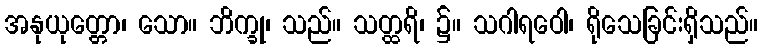
အနုယုတ္တော၊ သော။ ဘိက္ခု၊ သည်။ သတ္ထရိ၊ ၌။ သဂါရဝေါ၊ ရိုသေခြင်းရှိသည်။